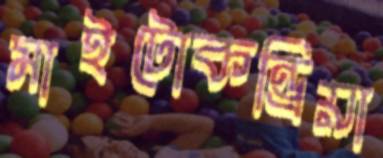
মাইটোকন্ড্রিয়া